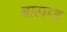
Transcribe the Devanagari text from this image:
बालाड